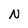
Character: N